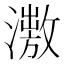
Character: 𣿗